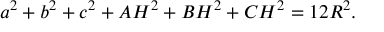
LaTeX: a ^ { 2 } + b ^ { 2 } + c ^ { 2 } + A H ^ { 2 } + B H ^ { 2 } + C H ^ { 2 } = 1 2 R ^ { 2 } .